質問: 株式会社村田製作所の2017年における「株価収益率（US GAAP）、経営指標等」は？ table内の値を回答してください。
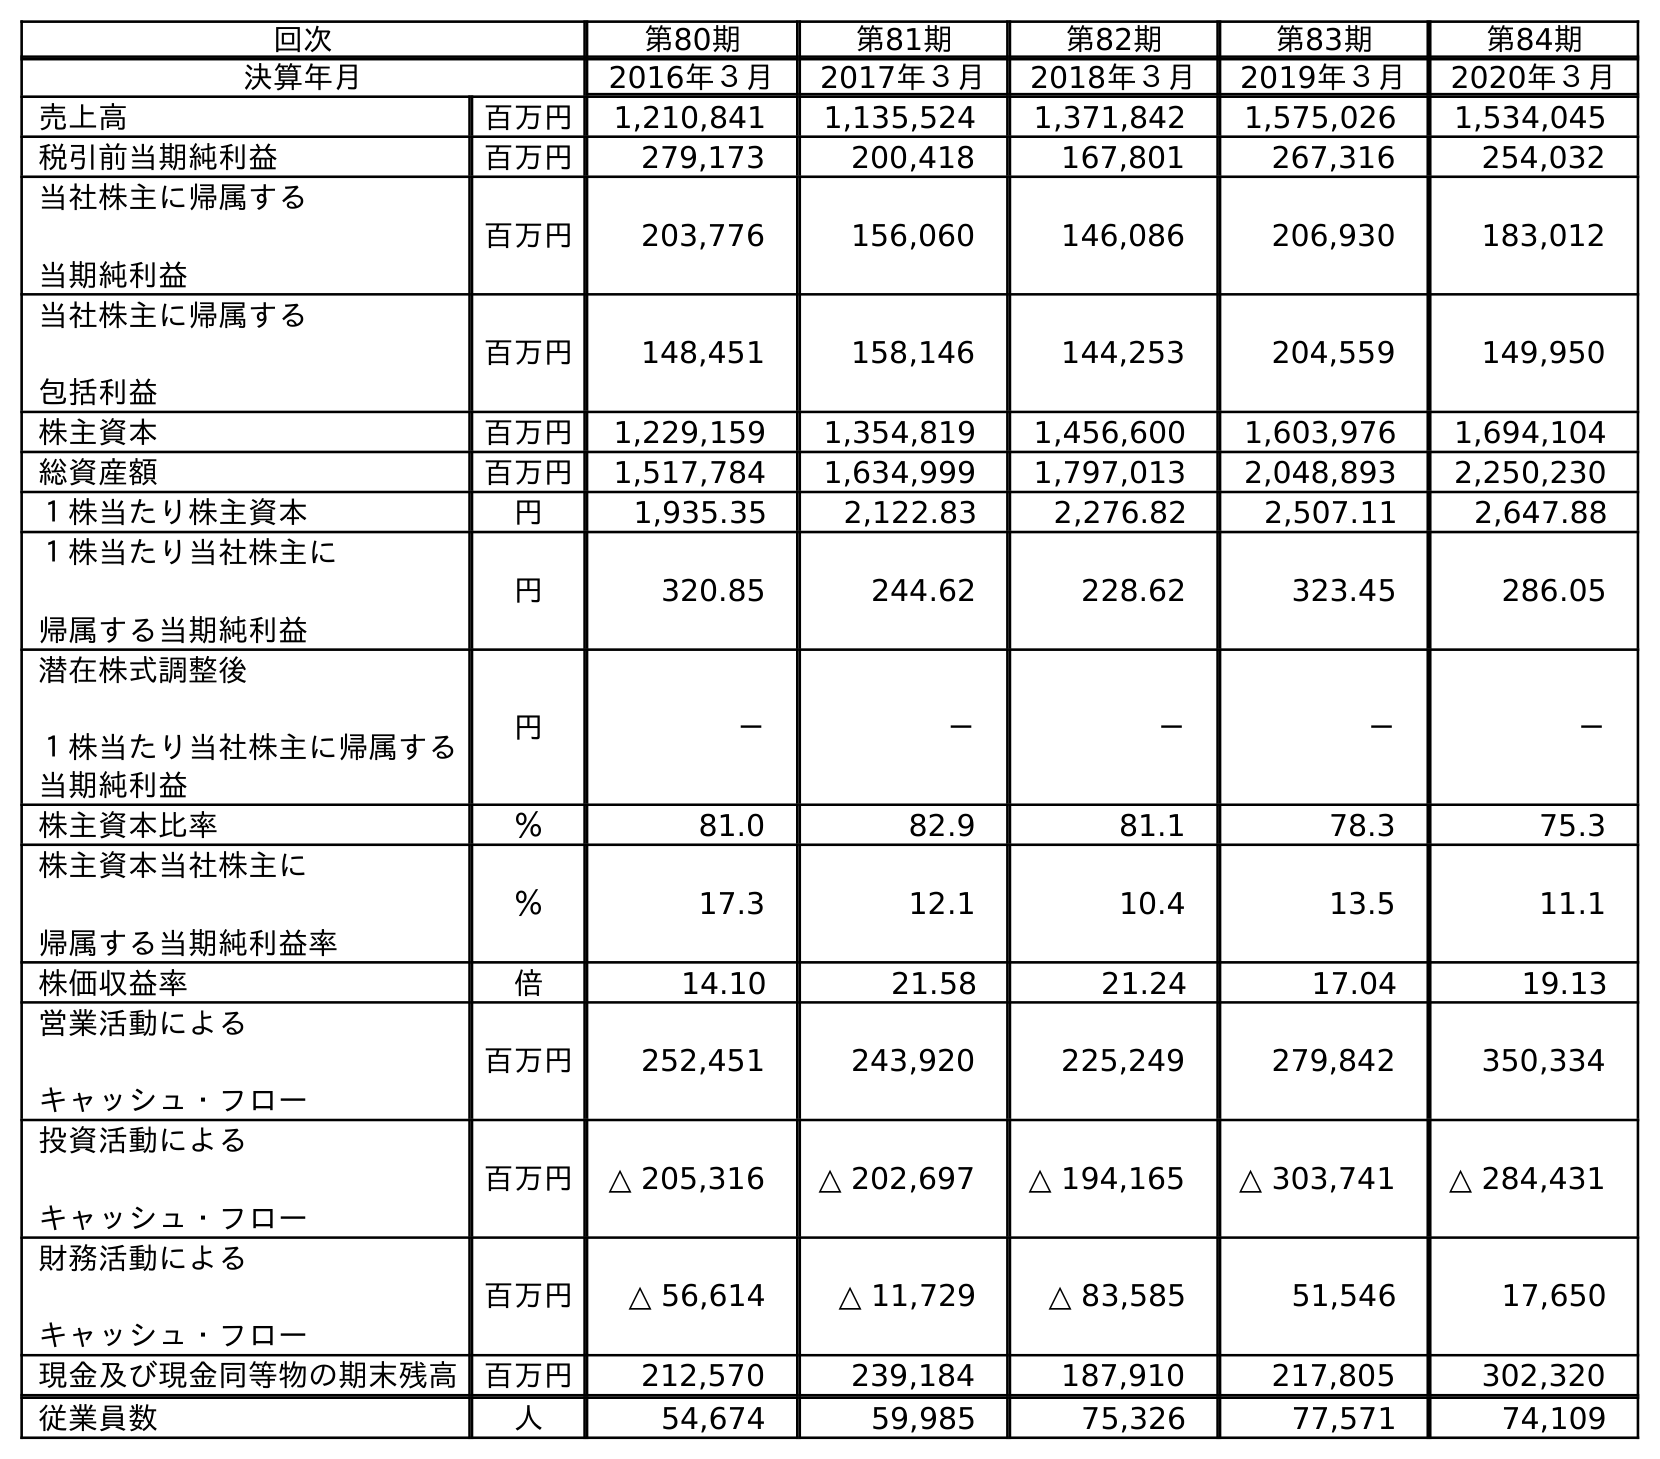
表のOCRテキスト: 回次 第80期 第81期 第82期 第83期 第84期 決算年月 2016年３月 2017年３月 2018年３月 2019年３月 2020年３月 売上高 百万円 1,210,841 1,135,524 1,371,842 1,575,026 1,534,045 税引前当期純利益 百万円 279,173 200,418 167,801 267,316 254,032 当社株主に帰属する 当期純利益 百万円 203,776 156,060 146,086 206,930 183,012 当社株主に帰属する 包括利益 百万円 148,451 158,146 144,253 204,559 149,950 株主資本 百万円 1,229,159 1,354,819 1,456,600 1,603,976 1,694,104 総資産額 百万円 1,517,784 1,634,999 1,797,013 2,048,893 2,250,230 １株当たり株主資本 円 1,935.35 2,122.83 2,276.82 2,507.11 2,647.88 １株当たり当社株主に 帰属する当期純利益 円 320.85 244.62 228.62 323.45 286.05 潜在株式調整後 １株当たり当社株主に帰属する 当期純利益 円 － － － － － 株主資本比率 ％ 81.0 82.9 81.1 78.3 75.3 株主資本当社株主に 帰属する当期純利益率 ％ 17.3 12.1 10.4 13.5 11.1 株価収益率 倍 14.10 21.58 21.24 17.04 19.13 営業活動による キャッシュ・フロー 百万円 252,451 243,920 225,249 279,842 350,334 投資活動による キャッシュ・フロー 百万円 △ 205,316 △ 202,697 △ 194,165 △ 303,741 △ 284,431 財務活動による キャッシュ・フロー 百万円 △ 56,614 △ 11,729 △ 83,585 51,546 17,650 現金及び現金同等物の期末残高 百万円 212,570 239,184 187,910 217,805 302,320 従業員数 人 54,674 59,985 75,326 77,571 74,109
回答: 21.58